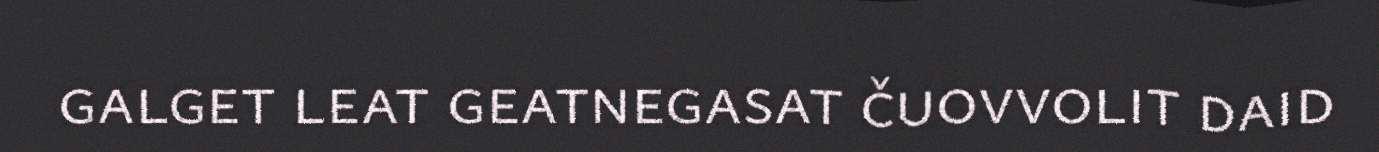
galget leat geatnegasat čuovvolit daid